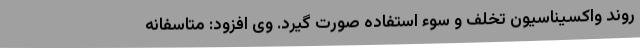
روند واکسیناسیون تخلف و سوء استفاده صورت گیرد. وی افزود: متاسفانه